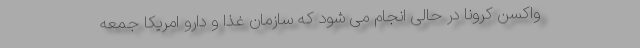
واکسن کرونا در حالی انجام می شود که سازمان غذا و دارو امریکا جمعه